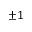
\pm 1